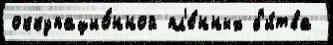
оккупацио́нной пл'е́нных б'и́тва